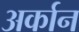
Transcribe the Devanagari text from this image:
अर्कान